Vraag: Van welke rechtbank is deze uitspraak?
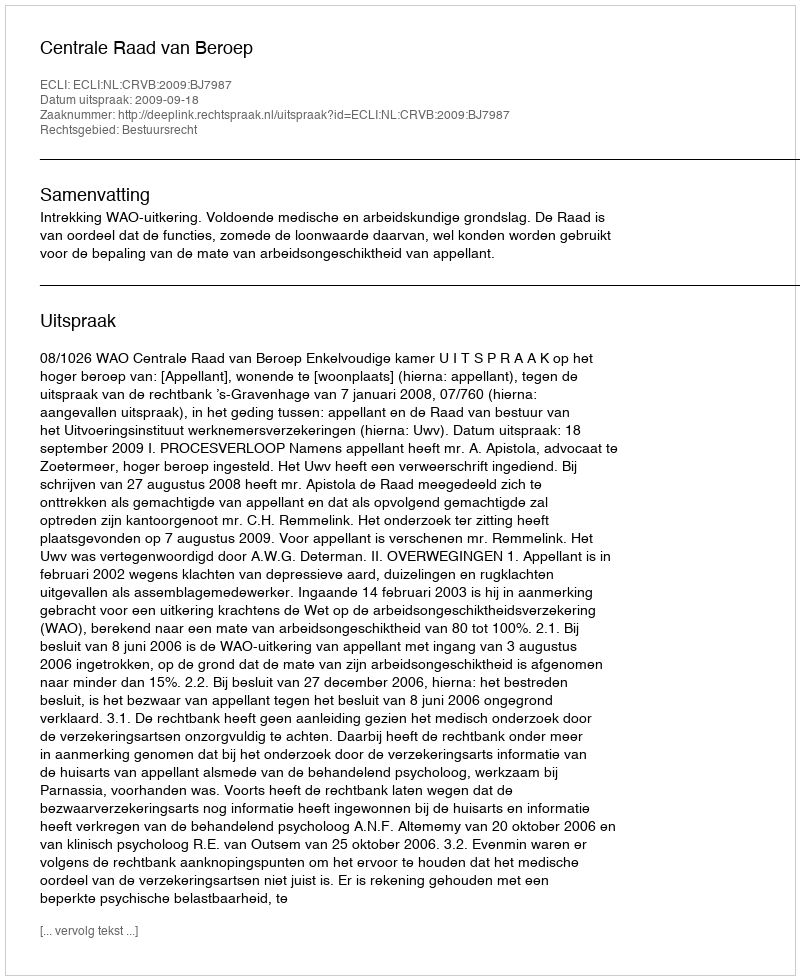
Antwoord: Centrale Raad van Beroep